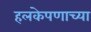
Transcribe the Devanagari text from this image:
हलकेपणाच्या